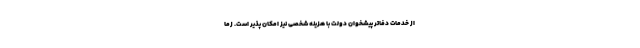
از خدمات دفاتر پیشخوان دولت با هزینه شخصی نیز امکان پذیر است. زما